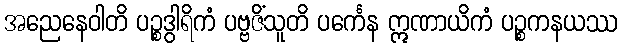
အညေနေဝါတိ ပဉ္စဒွါရိကံ ပဗ္ဗဇိံသူတိ ပင်္ကေန ဣဏာယိကံ ပဉ္စကနယဿ